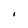
Character: I